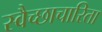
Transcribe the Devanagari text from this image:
स्वैच्छाचारिता